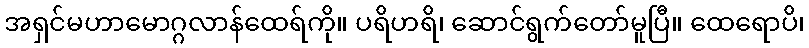
အရှင်မဟာမောဂ္ဂလာန်ထေရ်ကို။ ပရိဟရိ၊ ဆောင်ရွက်တော်မူပြီ။ ထေရောပိ၊